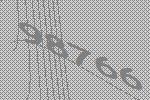
98766